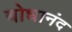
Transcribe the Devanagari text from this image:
बोधानंद